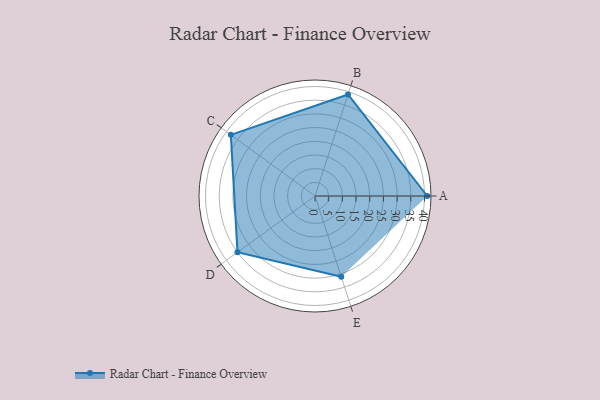
{"axis": {"x": "Skill", "y": "Score"}, "legend": ["Profile"], "data": [{"x": "A", "y": 41.0, "type": "Profile"}, {"x": "B", "y": 39.0, "type": "Profile"}, {"x": "C", "y": 38.0, "type": "Profile"}, {"x": "D", "y": 35.0, "type": "Profile"}, {"x": "E", "y": 31.0, "type": "Profile"}]}